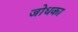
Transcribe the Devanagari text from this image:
जोधका